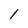
Character: l